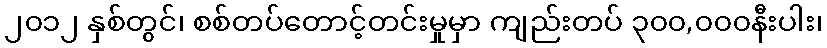
၂၀၁၂ နှစ်တွင်၊ စစ်တပ်တောင့်တင်းမှုမှာ ကျည်းတပ် ၃၀၀,၀၀၀နီးပါး၊